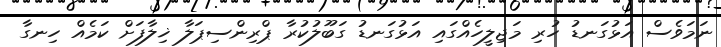
ނަމަވެސް އަޅުގަނޑު ހުރި މަޖިލީހެއްގައި އަޅުގަނޑު ގަބޫލުކުރާ ޕްރިންސިޕަލާ ޚިލާފަށް ކަމެއް ހިނގާ